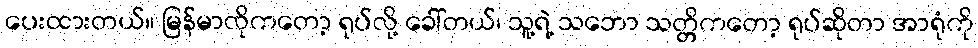
ပေးထားတယ်။ မြန်မာလိုကတော့ ရုပ်လို့ ခေါ်တယ်၊ သူ့ရဲ့ သဘော သတ္တိကတော့ ရုပ်ဆိုတာ အာရုံကို